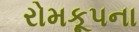
રોમકૂપના